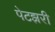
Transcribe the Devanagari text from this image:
पेटझरी